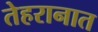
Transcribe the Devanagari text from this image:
तेहरानात